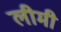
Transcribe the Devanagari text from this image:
लीमी